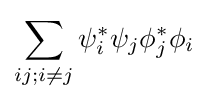
\sum _{ij;i\neq j}\psi _{i}^{*}\psi _{j}\phi _{j}^{*}\phi _{i}